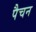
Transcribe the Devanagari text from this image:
पैचन